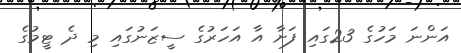
އަންނަ މަހުގެ 23ގައި ފަށާ އާ އަހަރުގެ ސީޒަނުގައި މި ދެ ޓީމުގެ